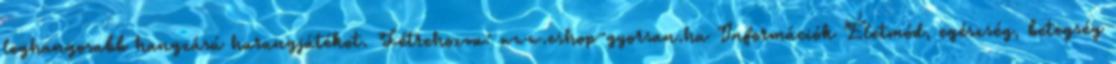
leghangosabb hangzású harangjátékot. Létrehozva: www.eshop-gyorsan.hu Információk Életmód, egészség, betegség